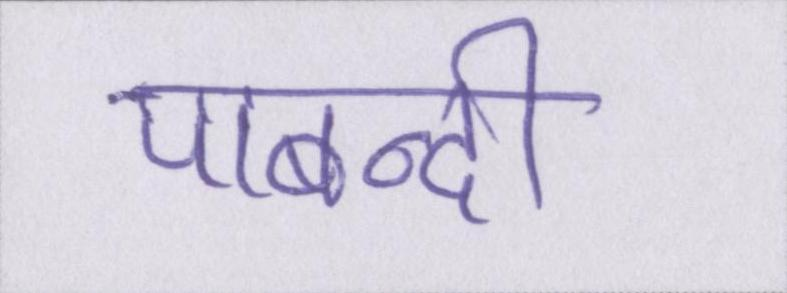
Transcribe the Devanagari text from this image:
पाबन्दी